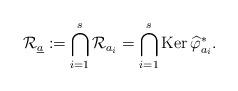
LaTeX: \begin{gather*}\mathcal{R}_{\underline{a}}:=\bigcap_{i=1}^{s}\mathcal{R}_{a_{i}}=\bigcap_{i=1}^{s}\mbox{Ker}\,\widehat{\varphi}_{a_{i}}^{*}.\end{gather*}